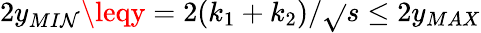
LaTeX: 2y_{MI\mathcal{N}}\leqy=2(k_{1}+k_{2})/\sqrt{}{{s}}\leq2y_{MAX}